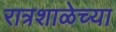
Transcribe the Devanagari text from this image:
रात्रशाळेच्या